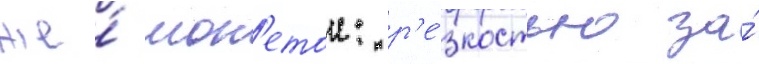
же́ мон'етои: р'е́зкостью за́